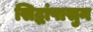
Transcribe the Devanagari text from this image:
सिद्धांपासुन